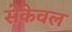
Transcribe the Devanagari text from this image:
सेकेवल